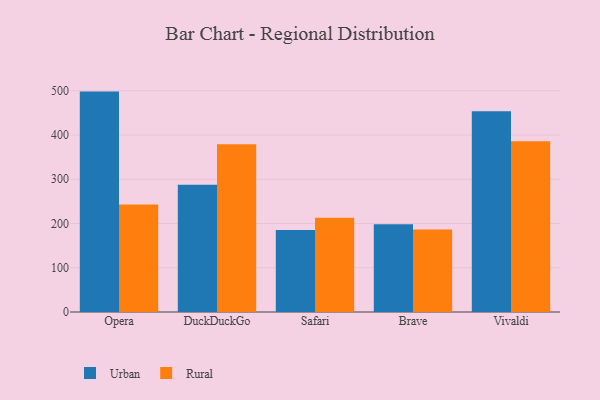
{"axis": {"x": "Browser", "y": "Market Share (%)"}, "legend": ["Rural", "Urban"], "data": [{"x": "Opera", "y": 498.2, "type": "Urban"}, {"x": "Opera", "y": 242.9, "type": "Rural"}, {"x": "DuckDuckGo", "y": 287.7, "type": "Urban"}, {"x": "DuckDuckGo", "y": 379.0, "type": "Rural"}, {"x": "Safari", "y": 185.5, "type": "Urban"}, {"x": "Safari", "y": 213.1, "type": "Rural"}, {"x": "Brave", "y": 198.1, "type": "Urban"}, {"x": "Brave", "y": 186.5, "type": "Rural"}, {"x": "Vivaldi", "y": 453.6, "type": "Urban"}, {"x": "Vivaldi", "y": 385.7, "type": "Rural"}]}